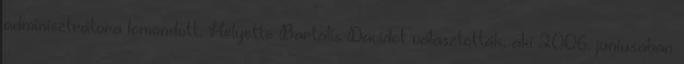
adminisztrátora lemondott. Helyette Bartalis Dávidot választották, aki 2006. júniusában